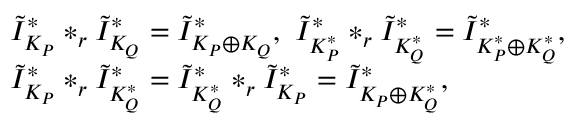
\begin{array} { r l } & { \tilde { I } _ { K _ { P } } ^ { * } * _ { r } \tilde { I } _ { K _ { Q } } ^ { * } = \tilde { I } _ { K _ { P } \oplus K _ { Q } } ^ { * } , \ \tilde { I } _ { K _ { P } ^ { * } } ^ { * } * _ { r } \tilde { I } _ { K _ { Q } ^ { * } } ^ { * } = \tilde { I } _ { K _ { P } ^ { * } \oplus K _ { Q } ^ { * } } ^ { * } , } \\ & { \tilde { I } _ { K _ { P } } ^ { * } * _ { r } \tilde { I } _ { K _ { Q } ^ { * } } ^ { * } = \tilde { I } _ { K _ { Q } ^ { * } } ^ { * } * _ { r } \tilde { I } _ { K _ { P } } ^ { * } = \tilde { I } _ { K _ { P } \oplus K _ { Q } ^ { * } } ^ { * } , } \end{array}